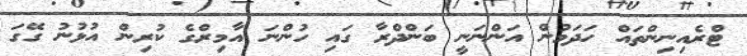
ޓްރެއިނިންތައް ހަދަމުން އަންނަނީ ބަންދްރާ ގައި ހުންނަ އާމިރްގެ ކުރިން އުޅުނު ގޭގަ